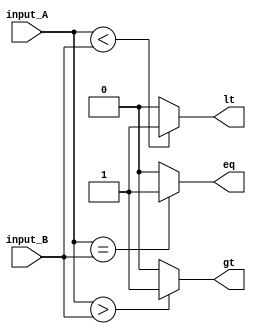
module comparator(
    input [7:0] input_A,
    input [7:0] input_B,
    output eq,   //output is 1 if input_A = input_B
    output gt,   //output is 1 if input_A > input_B
    output lt    //output is 1 if input_A < input_B
);

//Equality check
assign eq = (input_A == input_B) ? 1 : 0;

//Greater than check
assign gt = (input_A > input_B) ? 1 : 0;

//Less than check
assign lt = (input_A < input_B) ? 1 : 0;

endmodule